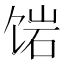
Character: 𬲿